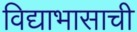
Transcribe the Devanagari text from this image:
विद्याभासाची